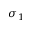
\sigma _ { 1 }